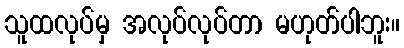
သူထလုပ်မှ အလုပ်လုပ်တာ မဟုတ်ပါဘူး။